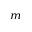
^ { m }